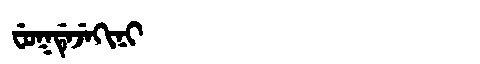
Manchu: ᠸᡠᡴᡩᡝᠵᡝᡴᡳᠨᡳ
Romanization: FUKDEJEKINI